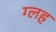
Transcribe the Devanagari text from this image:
ग्लह